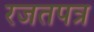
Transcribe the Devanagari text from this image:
रजतपत्र